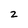
Character: 2